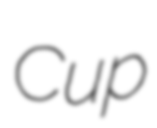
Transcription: Cup